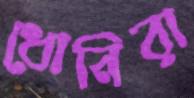
ধোনিরা